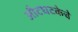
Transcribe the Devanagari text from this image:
औटघटकेचे